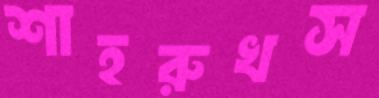
শাহরুখস